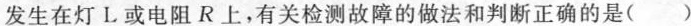
发生在灯L或电阻R上，有关检测故障的做法和判断正确的是( )